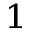
^ 1